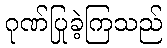
ဂုဏ်ပြုခဲ့ကြသည်